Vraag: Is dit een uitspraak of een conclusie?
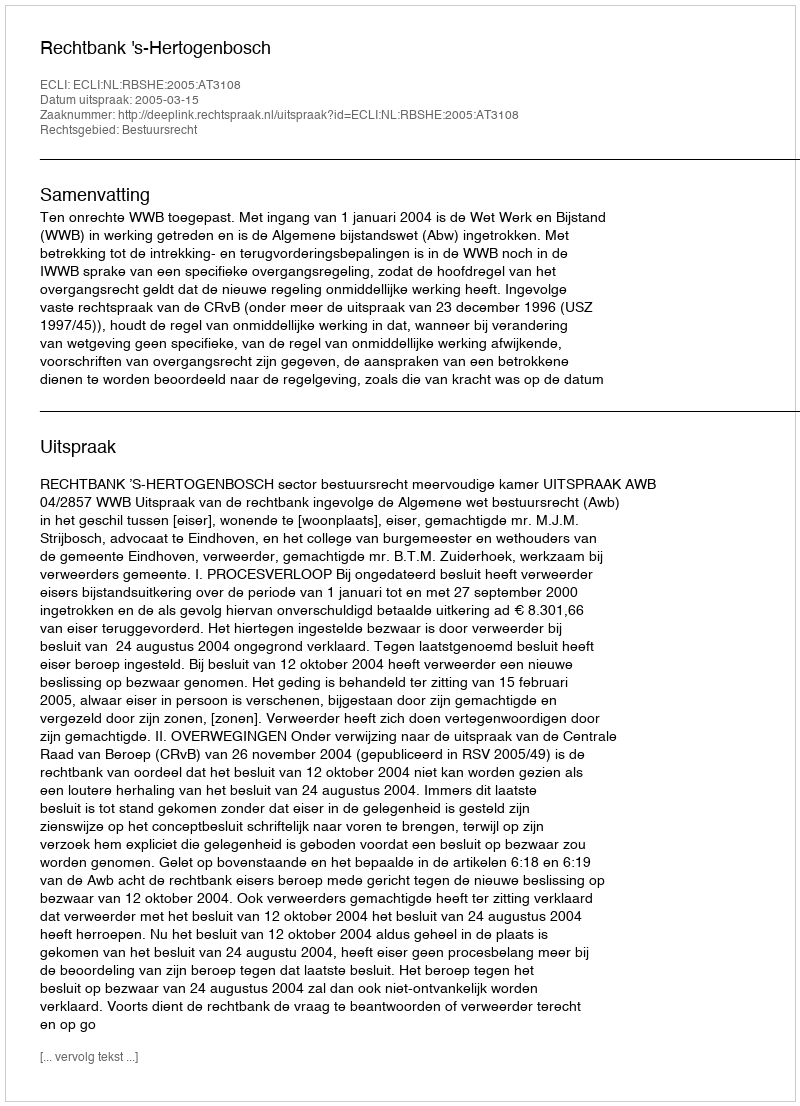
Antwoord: Uitspraak